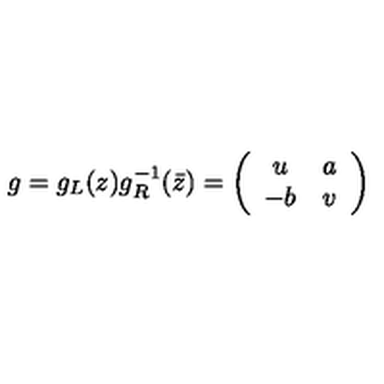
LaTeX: g = g _ { L } ( z ) g _ { R } ^ { - 1 } ( \bar { z } ) = \left( \begin{array} { c c } { u } & { a } \\ { - b } & { v } \\ \end{array} \right)